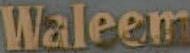
Waleem